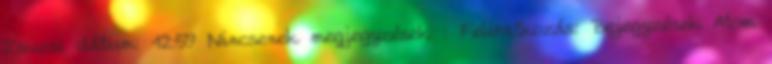
Zsuzsi dátum: 12:59 Nincsenek megjegyzések : Feliratkozás: Bejegyzések Atom